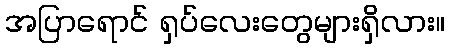
အပြာရောင် ရှပ်လေးတွေများရှိလား။